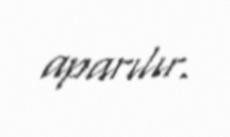
aparılır.